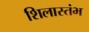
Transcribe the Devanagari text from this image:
शिलास्तंभ